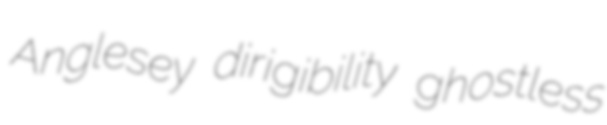
Anglesey dirigibility ghostless